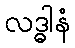
လဒ္ဓါနံ